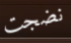
نضجت